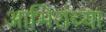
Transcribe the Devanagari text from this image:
आभिरांच्या